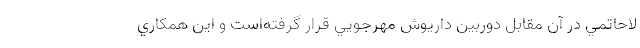
لاحاتمي در آن مقابل دوربين داريوش مهرجويي قرار گرفته‌است و اين همکاري